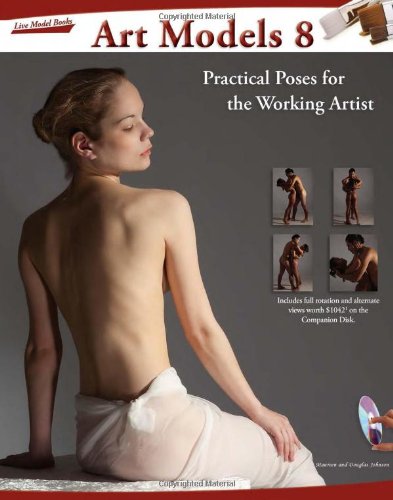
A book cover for Art Models 8: Practical Poses for the Working Artist; Maureen Johnson; Arts & Photography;